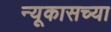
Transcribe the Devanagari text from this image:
न्यूकासच्या